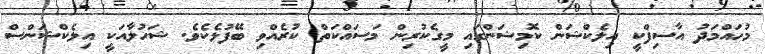
މުހައްމަދު އާސިފްކީ އިލެކްޝަން ކޮމިޝަންގައި މީގެކުރިން މަސައްކަތް ކުރެއްވި ބޭފުޅެކެވެ. ޝަހުލާއަކީ އިލެކްޝަންސް